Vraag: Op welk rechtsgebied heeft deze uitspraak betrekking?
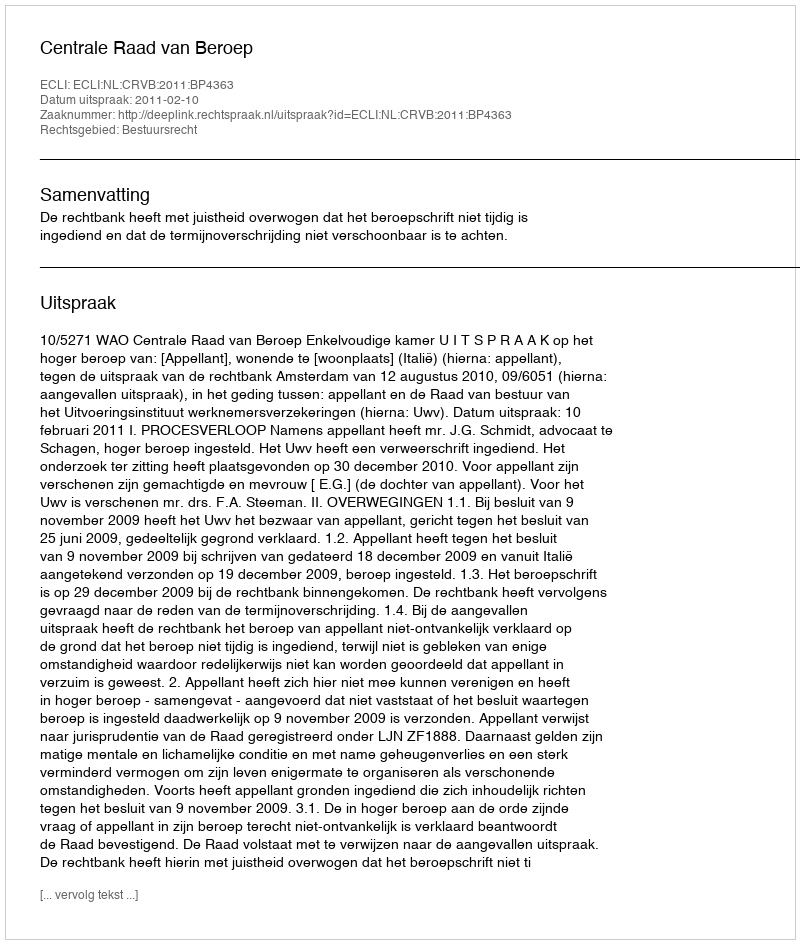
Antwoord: Bestuursrecht